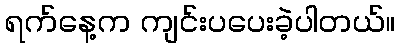
ရက်နေ့က ကျင်းပပေးခဲ့ပါတယ်။